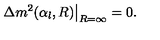
\Delta m ^ { 2 } ( \alpha _ { l } , R ) \big | _ { R = \infty } = 0 .